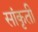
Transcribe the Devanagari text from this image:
सांकृती